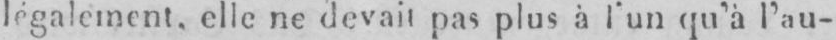
légalement, elle ne devait pas plus à l’un qu’à l’au-